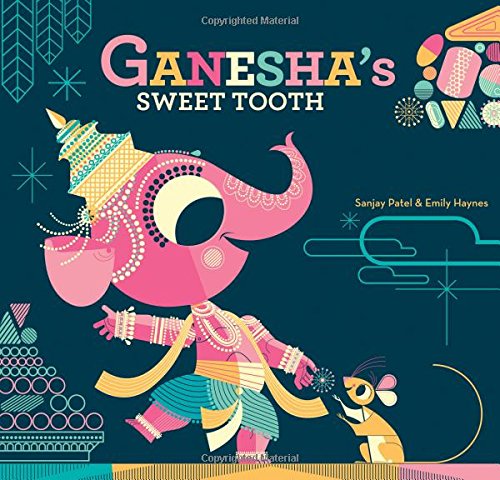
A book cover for Ganesha's Sweet Tooth; Emily Haynes; Children's Books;